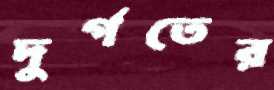
দুর্গতের